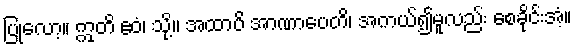
ပြုလော့။ ဣတိ ဧဝံ၊ သို့။ အထာပိ အာဏာပေတိ၊ အကယ်၍မူလည်း စေခိုင်းအံ့။